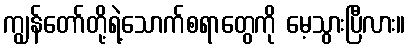
ကျွန်တော်တို့ရဲ့သောက်စရာတွေကို မေ့သွားပြီလား။